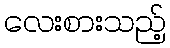
လေးစားသည့်